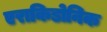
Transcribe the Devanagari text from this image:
एराकिडोनिक